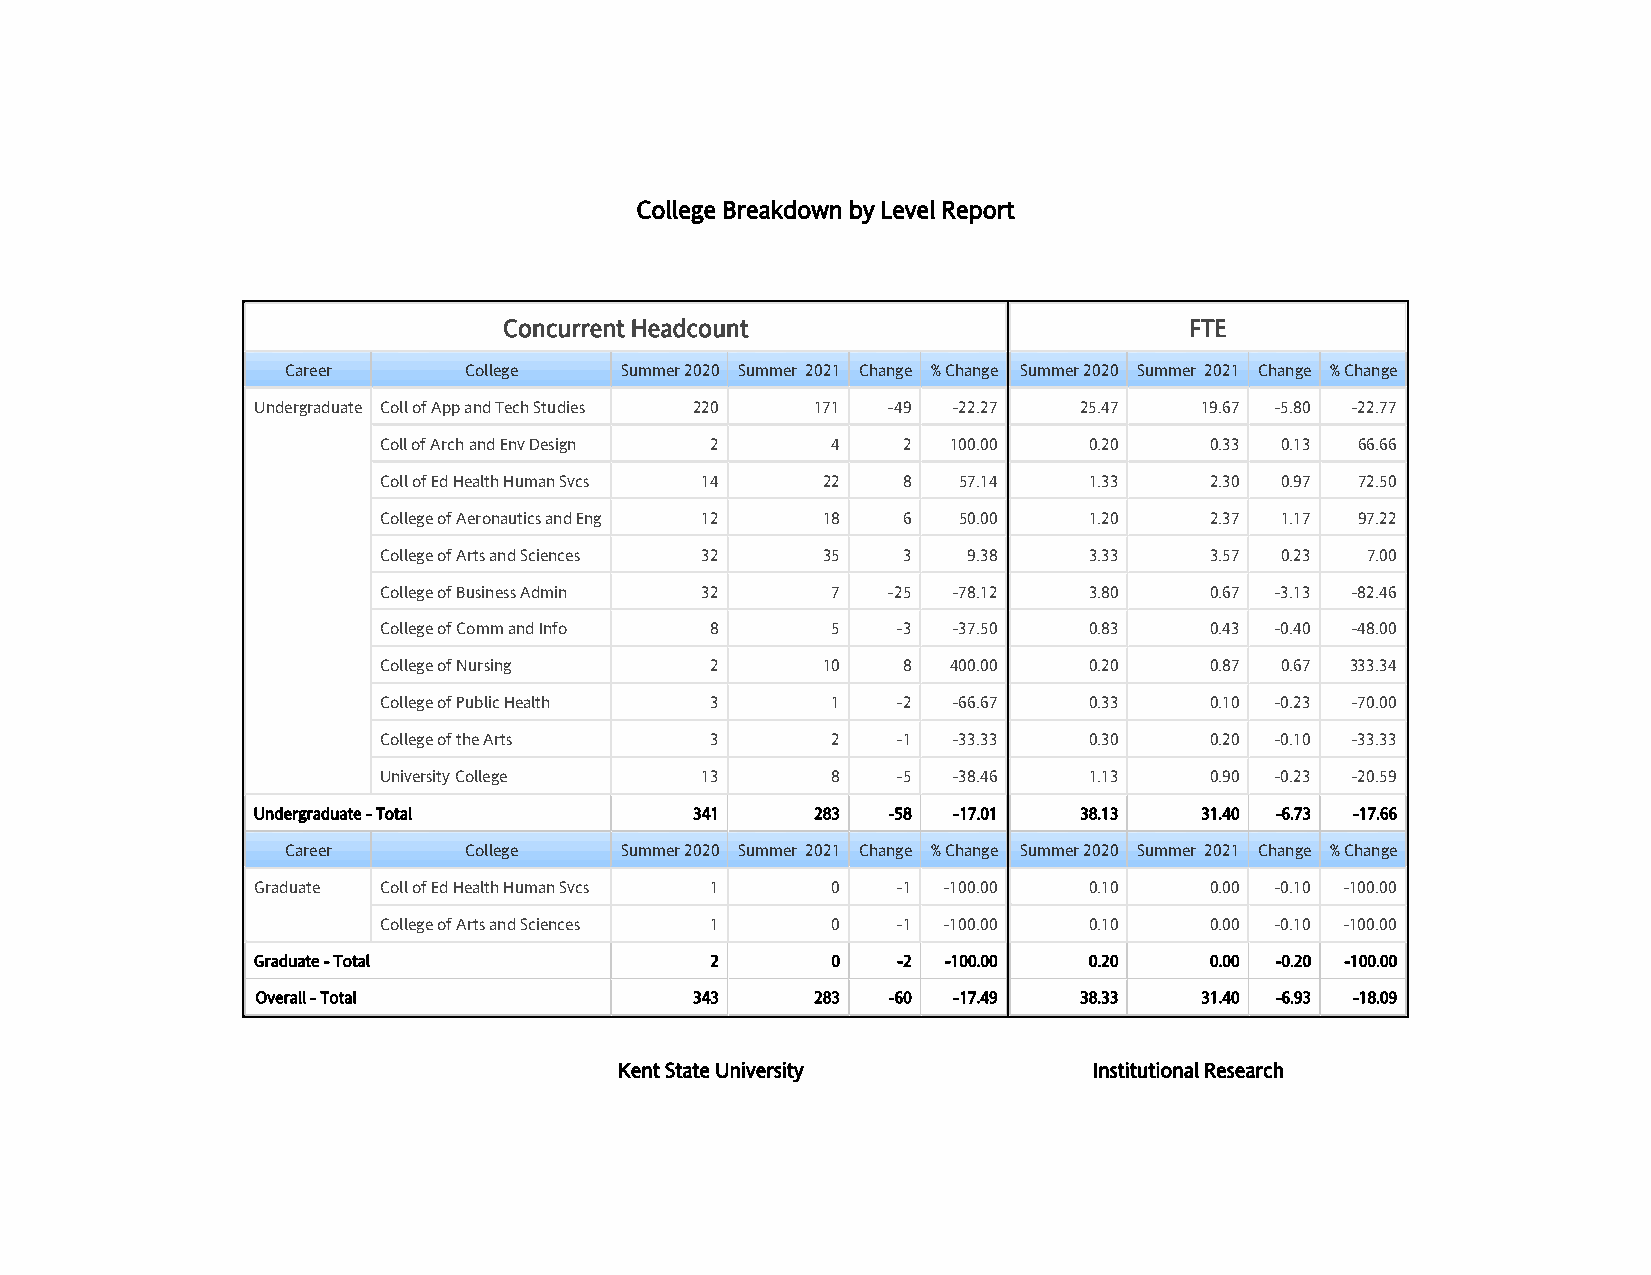
College Breakdown by Level Report
 Concurrent Headcount                          FTE
 Career      College   Summer 2020 Summer 2021 Change % Change Summer 2020 Summer 2021 Change % Change
 Undergraduate Coll of App and Tech Studies 220 171 -49 -22.27 25.47 19.67 -5.80 -22.77
 Coll of Arch and Env Design 2 4    2  100.00   0.20    0.33 0.13 66.66
 Coll of Ed Health Human Svcs 14 22 8  57.14    1.33    2.30 0.97 72.50
 College of Aeronautics and Eng 12 18 6 50.00   1.20    2.37 1.17 97.22
 College of Arts and Sciences 32 35 3   9.38    3.33    3.57 0.23 7.00
 College of Business Admin 32  7   -25 -78.12   3.80    0.67 -3.13 -82.46
 College of Comm and Info 8    5   -3  -37.50   0.83    0.43 -0.40 -48.00
 College of Nursing    2      10    8  400.00   0.20    0.87 0.67 333.34
 College of Public Health 3    1   -2  -66.67   0.33    0.10 -0.23 -70.00
 College of the Arts   3       2   -1  -33.33   0.30    0.20 -0.10 -33.33
 University College   13       8   -5  -38.46   1.13    0.90 -0.23 -20.59
 Undergraduate - Total        341     283  -58 -17.01  38.13   31.40 -6.73 -17.66
 Career      College   Summer 2020 Summer 2021 Change % Change Summer 2020 Summer 2021 Change % Change
 Graduate Coll of Ed Health Human Svcs 1 0 -1 -100.00   0.10    0.00 -0.10 -100.00
 College of Arts and Sciences 1 0  -1 -100.00   0.10    0.00 -0.10 -100.00
 Graduate - Total              2       0   -2  -100.00  0.20    0.00 -0.20 -100.00
 Overall - Total              343     283  -60 -17.49  38.33   31.40 -6.93 -18.09
 Kent State University          Institutional Research